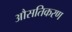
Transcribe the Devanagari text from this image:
औसतिकरण